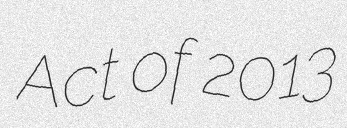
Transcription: Act of 2013